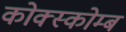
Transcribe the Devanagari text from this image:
कोक्स्कोम्ब